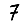
Digit: 7